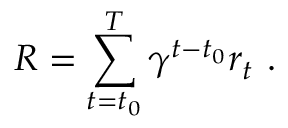
R = \sum _ { { t = t _ { 0 } } } ^ { T } \gamma ^ { t - t _ { 0 } } r _ { t } ~ .